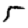
Digit: 5